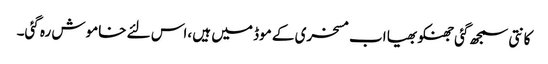
کانتی سمجھ گئی جھنکو بھیا اب مسخری کے موڈ میں ہیں ،اس لئے خاموش رہ گئی۔